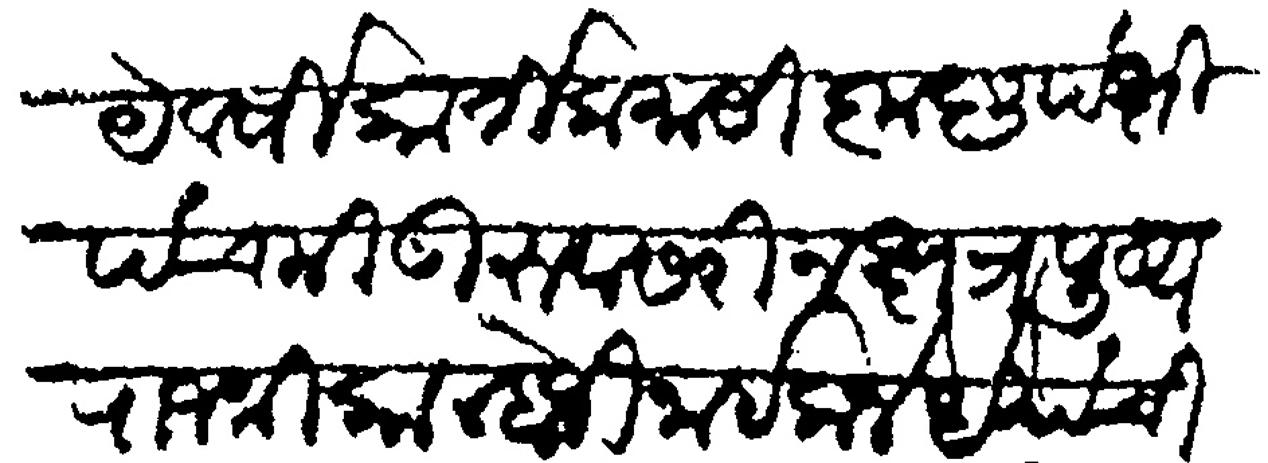
Transliteration (Devanagari): ये वर्षी कार्तिक मासी कृष्ण पक्षी पंचमी गुरुवासरी नक्षत्र पुष्य राजश्री कान्होजी नाईक जेधे यांची